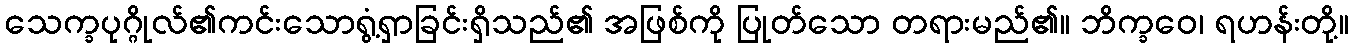
သေက္ခပုဂ္ဂိုလ်၏ကင်းသောရွံ့ရှာခြင်းရှိသည်၏ အဖြစ်ကို ပြုတ်သော တရားမည်၏။ ဘိက္ခဝေ၊ ရဟန်းတို့။